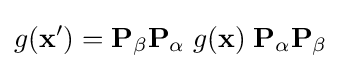
g(\mathbf {x} ^{\prime })=\mathbf {P} _{\beta }\mathbf {P} _{\alpha }\;g(\mathbf {x} )\;\mathbf {P} _{\alpha }\mathbf {P} _{\beta }